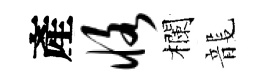
產恪欄龍